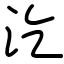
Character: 汔